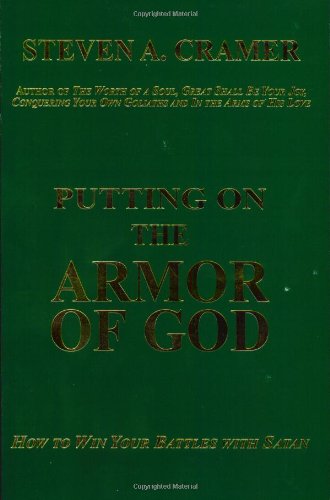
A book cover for Putting on the Armor of God: How to Win Your Battles with Satan; Steven A. Cramer; Christian Books & Bibles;